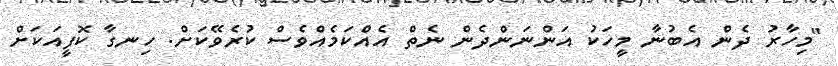
"މިހާރު ދެން އެބުނާ މީހަކު އަންނަންދެން ނެތް އެއްކަމެއްވެސް ކުރެވޭކަށް. ހިނގާ ކޮފީއަކަށް